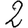
Digit: 2